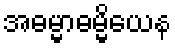
အဓမ္မာဓမ္မိယေန